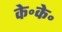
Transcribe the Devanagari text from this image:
के॰के॰